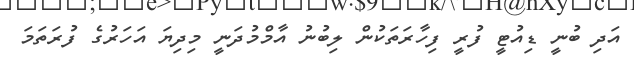
އަދި ބުނީ ޑިއުޓީ ފުރީ ފިހާރަތަކުން ލިބުނު އާމްމުދަނީ މިދިޔަ އަހަރުގެ ފުރަތަމަ